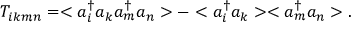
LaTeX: T _ { i k m n } = < a _ { i } ^ { \dag } a _ { k } a _ { m } ^ { \dag } a _ { n } > - < a _ { i } ^ { \dag } a _ { k } > < a _ { m } ^ { \dag } a _ { n } > .